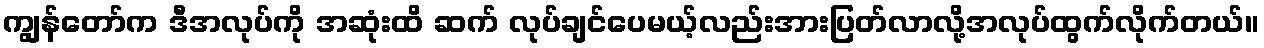
ကျွန်တော်က ဒီအလုပ်ကို အဆုံးထိ ဆက် လုပ်ချင်ပေမယ့်လည်းအားပြတ်လာလို့အလုပ်ထွက်လိုက်တယ်။